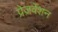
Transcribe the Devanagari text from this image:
प्रेज़र्वेशन